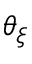
\theta _ { \xi }